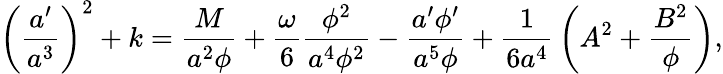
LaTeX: \left({\frac{a^{\prime}}{a^{3}}}\right)^{2}+k={\frac{M}{a^{2}\phi}}+{\frac{\omega}{6}}{\frac{\phi^{2}}{a^{4}\phi^{2}}}-{\frac{a^{\prime}\phi^{\prime}}{a^{5}\phi}}+{\frac{1}{6a^{4}}}\left(A^{2}+{\frac{B^{2}}{\phi}}\right),